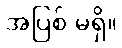
အပြစ် မရှိ။